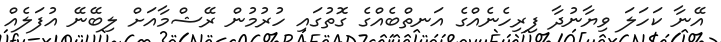
އޭނާ ކަހަލަ ވިޔާނުދާ ފިރިހެނެއްގެ އަނތްބެއްގެ ގޮތުގައި ހުރުމުން ރޭޝްމާއަށް ލިބޭނޭ އުފަލެއް